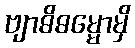
ဗျာဓိဓမ္မောမှိ